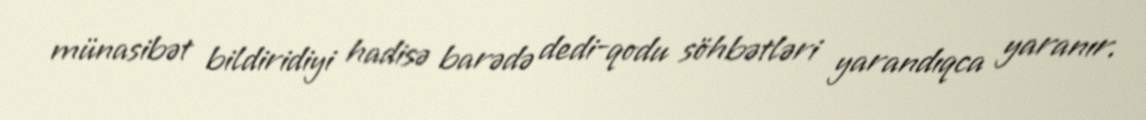
münasibət bildiridiyi hadisə barədə dedi-qodu söhbətləri yarandıqca yaranır.